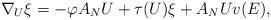
LaTeX: \begin{align*}\nabla _{U}\xi =-\varphi A_{N}U+\tau (U)\xi +A_{N}Uv(E), \end{align*}